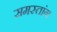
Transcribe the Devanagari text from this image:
समस्तांग